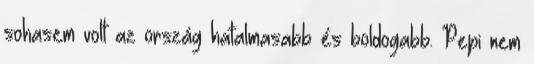
sohasem volt az ország hatalmasabb és boldogabb. Pepi nem